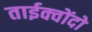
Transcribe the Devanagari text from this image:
ताईक्वोंदो